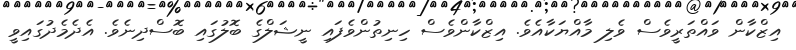
އިޒްކާން ވައްތަރީވެސް ވެލި މާއްޔަކާއެވެ. އިޒްކާންވެސް ހިނިތުންވެފައި ނީޝަލްގެ ބޮލުގައި ބޮސްދިނެވެ. އެދެމެދުގައިވީ